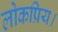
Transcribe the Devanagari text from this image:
लोकप्रिय।